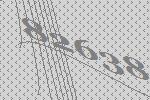
82638